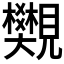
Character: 𧢜